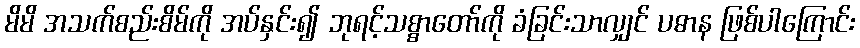
မိမိ အသက်စည်းစိမ်ကို အပ်နှင်း၍ ဘုရင့်သစ္စာတော်ကို ခံခြင်းသာလျှင် ပဓာန ဖြစ်ပါကြောင်း